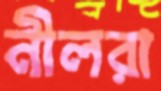
নীলরা